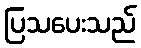
ပြသပေးသည်